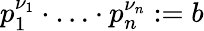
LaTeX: p_{1}^{\nu_{1}}\cdot\ldots\cdot p_{n}^{\nu_{n}}:=b